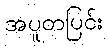
အပူတပြင်း